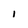
Character: l